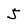
Character: J